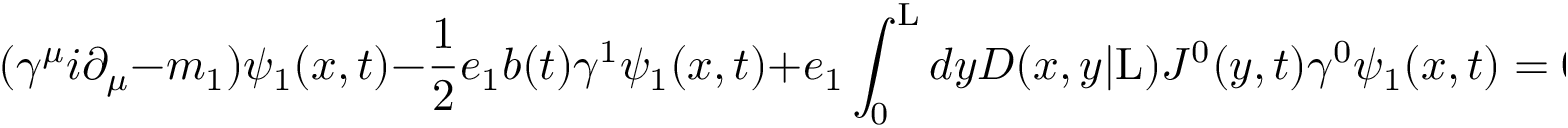
( { \gamma } ^ { \mu } i { \partial } _ { \mu } - m _ { 1 } ) { \psi } _ { 1 } ( x , t ) - \frac { 1 } { 2 } e _ { 1 } b ( t ) { \gamma } ^ { 1 } { \psi } _ { 1 } ( x , t ) + e _ { 1 } \int _ { 0 } ^ { \mathrm { L } } d y D ( x , y | \mathrm { L } ) J ^ { 0 } ( y , t ) { \gamma } ^ { 0 } { \psi } _ { 1 } ( x , t ) = 0 ,